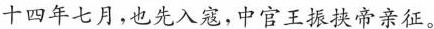
十四年七月，也先入寇，中官王振快帝亲征。